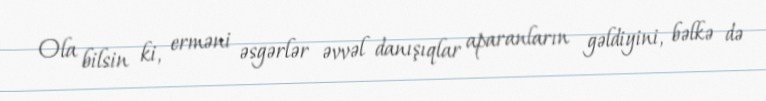
Ola bilsin ki, erməni əsgərlər əvvəl danışıqlar aparanların gəldiyini, bəlkə də